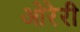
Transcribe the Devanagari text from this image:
ओरेरी